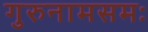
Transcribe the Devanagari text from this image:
गुरुनामसमः